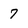
Character: 7